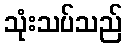
သုံးသပ်သည်